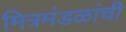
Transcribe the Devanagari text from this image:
मित्रमंडळांची